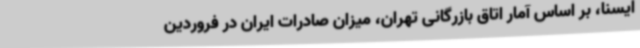
ایسنا، بر اساس آمار اتاق بازرگانی تهران، میزان صادرات ایران در فروردین